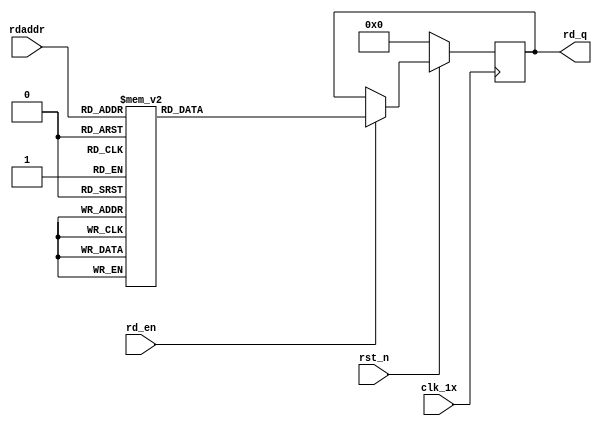

`timescale 1ns / 1ps
module F_normal_t10_next_Rom0(
input	          							clk_1x,
input	          							rst_n,
//////////////////////////////////////////////////////////////
input										rd_en,
input				[4:0]				rdaddr,
output		reg			[159:0]				rd_q
);

always @(posedge clk_1x)begin
	if(~rst_n)begin
		rd_q <= 160'b0;
	end
	else if(rd_en == 1'b1)begin
		case(rdaddr)
			5'h13: rd_q <= 160'b1000100110100110110111010001110110000000110001001000101111110111110000001110101000011110010101101111100011001100010101000011111110110111001100001010100000000110;
			5'h12: rd_q <= 160'b0100101010101011000010000001111010011111111010111111111110111111000010101011111110111100010110111010100100110111011100001111100100011100001110010010100111001011;
			5'h11: rd_q <= 160'b1000011000001110111110111110001011100111010100111001011111010000100011010110101100101100101110001000110100111101011011010101010111001001010101001011110100011111;
			5'h10: rd_q <= 160'b1110010000110101101100010011000001010111011111100110110011100001010011001010010000100000011001000001101110001010001110101111100110101110011011000010101111001001;
			5'h0f: rd_q <= 160'b1011111101000001111111110001101010110111101111011110101101010000011110000000011111111010111001111110011111001010101110111000010011010111011000110001111100111100;
			5'h0e: rd_q <= 160'b1110001101110100000111100001001000001110001010100011110111111010010000101101010001100000000001010000010100110100000001100111011000000011011110010011101011011011;
			5'h0d: rd_q <= 160'b0101101011100110010011001100010000011011011111000000100101100000000100001010000100010101110100111000100000100010100110101000010011011100000001010001010000001001;
			5'h0c: rd_q <= 160'b0111001010001010100111110111010000000011010101110010011100111001110110011100010011101110101011111101010011110011011011010000010011000110101110011000101000000110;
			5'h0b: rd_q <= 160'b0100101001010000001001000101110011110110011010000110110000010011110001001010011010010010101010110101000000011011010011111100000000100111010010001010000011101001;
			5'h0a: rd_q <= 160'b0001010000100000111100001101010100111011111010010101010001011010101110100101111101100001100101100110111001111110011010111100000110110100000101101011100110110000;
			5'h09: rd_q <= 160'b1111111000111100111111111000011101000101101101001001010011011011011100100000001010001010010000110111001111101110100111111100001110110110001101101101010110111101;
			5'h08: rd_q <= 160'b1111111111000101101011100011001000101100110010110100000000001100000111000100101100000011100101000000101100000010100101111001111111001011010110101001010010000001;
			5'h07: rd_q <= 160'b0001110000001111000010001000111010001101001111111011111111001001110110011000100100101101111000100011111010101001101101110101101000010000100010011010000100000100;
			5'h06: rd_q <= 160'b0111001111011111001110111000101001110010110000001110110110011000100111111000110000010010101010110100100010110100011111101000000101100111000110110110011111100011;
			5'h05: rd_q <= 160'b1100101001111110100011001000111001101011110100001011000110000110001101101000010110110001110110000110111000110110000000010000011110010001110001001100000111010010;
			5'h04: rd_q <= 160'b0010100000011111001111110110111001000000010101011010100011011100110101010000000100001011101110000101001000110010110101110001110111101111111100100010011011100000;
			5'h03: rd_q <= 160'b0110011010010010110001101111011011001110000100110011001010101110110011001001101010001001101101010111101000000111000011011100011100101011101110111000110000100100;
			5'h02: rd_q <= 160'b1101100001101010110011000001111011101010011101100110100000011111110010000100100110011000110011000101100100001111100100010000101110100000110111001101011111001001;
			5'h01: rd_q <= 160'b1011111101111101101000000110011110011001000000001110001101010100100001101000001100010111010111110100111110001000001111100010111100100101011011011010111111000000;
			5'h00: rd_q <= 160'b1100110111001010110011100011001100100111001111111100111011101111011101000001100110010010011010101101101111100101111101100001111001000011100011011001000110101010;
		default:rd_q <= 160'b0;
		endcase
	end
end

endmodule